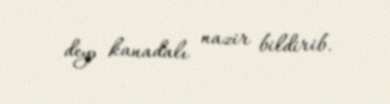
deyə kanadalı nazir bildirib.